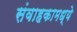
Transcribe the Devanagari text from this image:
संवाहकामध्ये